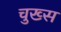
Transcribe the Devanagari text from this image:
चुख्स